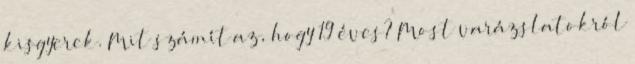
kisgyerek. Mit számít az, hogy 19 éves? Most varázslatokról